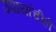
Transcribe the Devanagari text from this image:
उपायांचीही